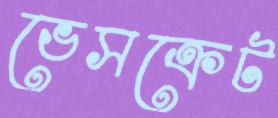
ভেসক্রেট